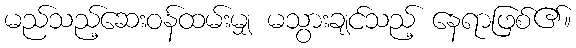
မည်သည့်ဆေးဝန်ထမ်းမျှ မသွားချင်သည့် နေရာဖြစ်၏။